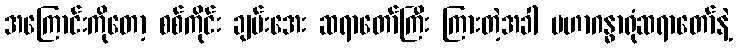
အကြောင်းကိုတော့ စစ်ကိုင်း ချမ်းအေး ဆရာတော်ကြီး ကြားတဲ့အခါ မဟာဂန္ဓာရုံဆရာတော်နဲ့